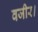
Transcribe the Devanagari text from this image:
वजीर।